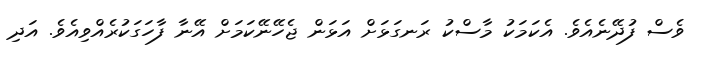
ވެސް ފުދޭނެއެވެ. އެކަމަކު މާސްކު ރަނގަޅަށް އަޅަން ޖެހޭނޭކަމަށް އޭނާ ފާހަގަކުރެއްވިއެވެ. އަދި